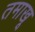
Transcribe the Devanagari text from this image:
तमाखू